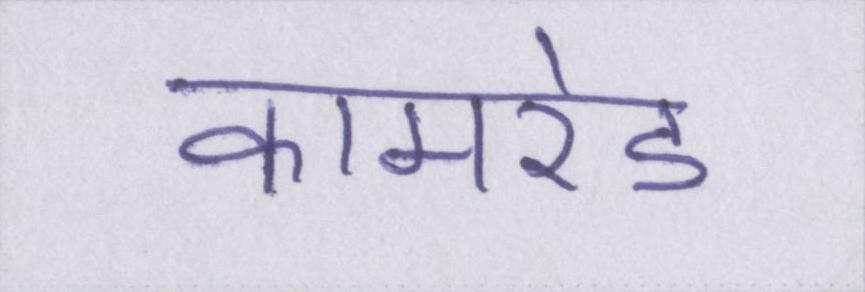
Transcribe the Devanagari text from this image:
कामरेड